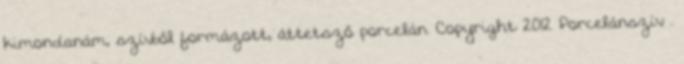
kimondanám, szívből formázott, áttetsző porcelán. Copyright 2012 Porcelánszív .